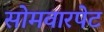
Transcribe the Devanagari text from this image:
सोमवारपेट